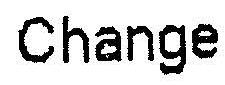
CHANGE